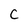
Character: C